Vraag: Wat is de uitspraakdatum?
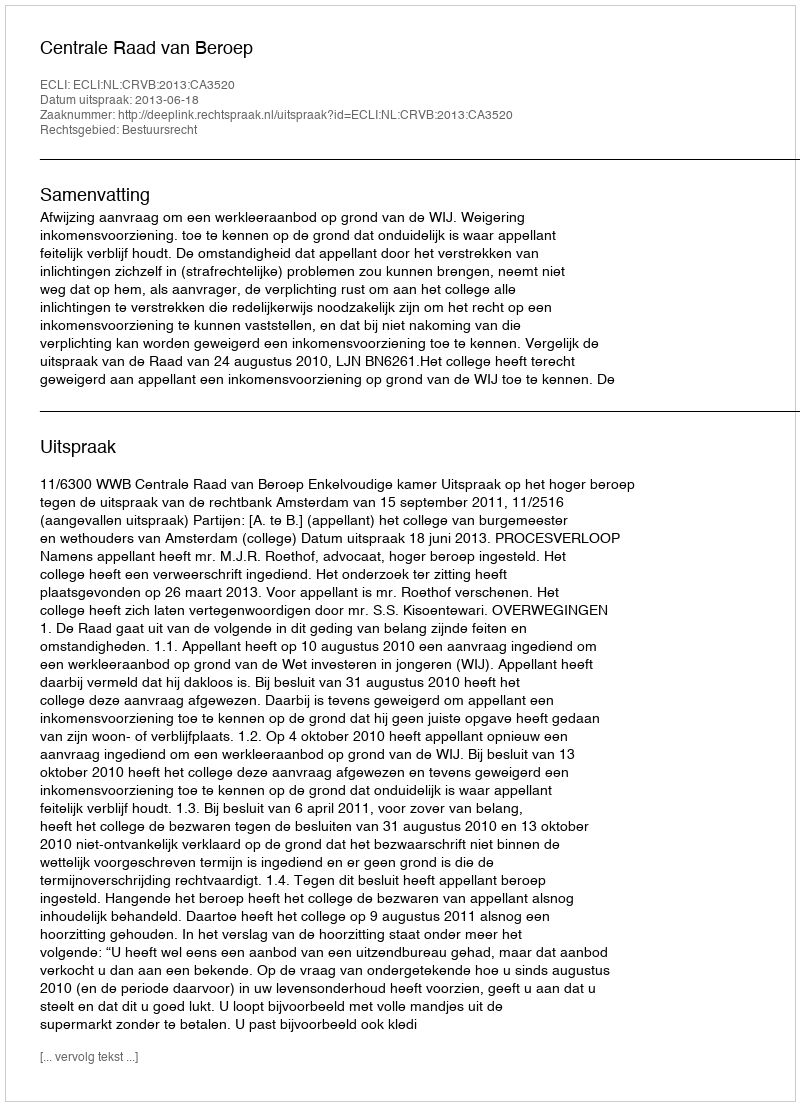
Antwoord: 2013-06-18